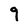
Character: 9